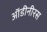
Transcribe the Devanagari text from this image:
ऑडीनीरस